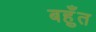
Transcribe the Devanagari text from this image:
बहुँत